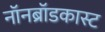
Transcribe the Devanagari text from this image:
नॉनब्रॉडकास्ट